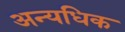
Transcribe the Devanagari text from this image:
अन्यधिक